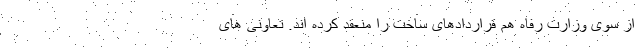
از سوی وزارت رفاه هم قراردادهای ساخت را منعقد کرده اند. تعاونی های